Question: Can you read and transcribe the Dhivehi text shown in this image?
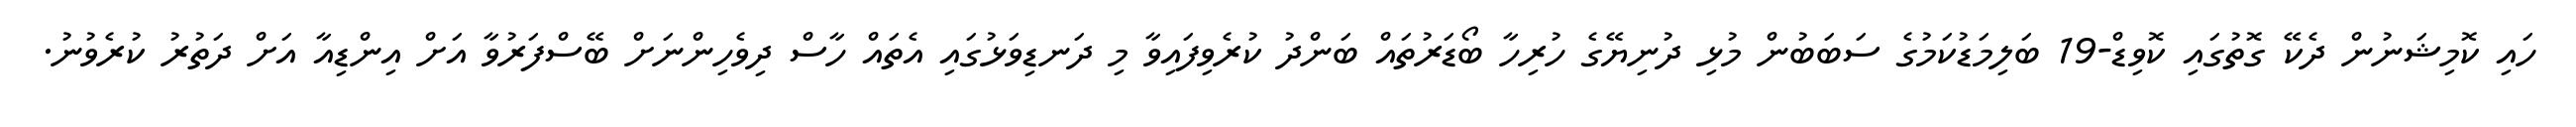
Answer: ހައި ކޮމިޝަނުން ދެކޭ ގޮތުގައި ކޮވިޑް-19 ބަލިމަޑުކަމުގެ ސަބަބުން މުޅި ދުނިޔޭގެ ހުރިހާ ބޯޑަރުތައް ބަންދު ކުރެވިފައިވާ މި ދަނޑިވަޅުގައި އެތައް ހާސް ދިވެހިންނަށް ބޭސްފަރުވާ އަށް އިންޑިއާ އަށް ދަތުރު ކުރެވުނު.